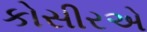
કોસીરએ